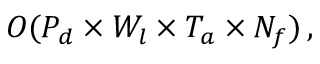
{ \cal O } ( P _ { d } \times W _ { l } \times T _ { a } \times N _ { f } ) \, ,